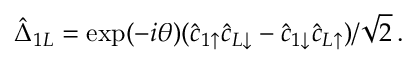
\hat { \Delta } _ { 1 L } = \exp ( - i \theta ) ( \hat { c } _ { 1 \uparrow } \hat { c } _ { L \downarrow } - \hat { c } _ { 1 \downarrow } \hat { c } _ { L \uparrow } ) / \sqrt { 2 } \, .